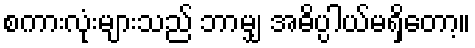
စကားလုံးများသည် ဘာမျှ အဓိပ္ပါယ်မရှိတော့။